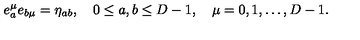
e _ { a } ^ { \mu } e _ { b \mu } = \eta _ { a b } , \quad 0 \leq a , b \leq D - 1 , \quad \mu = 0 , 1 , \ldots , D - 1 { . }